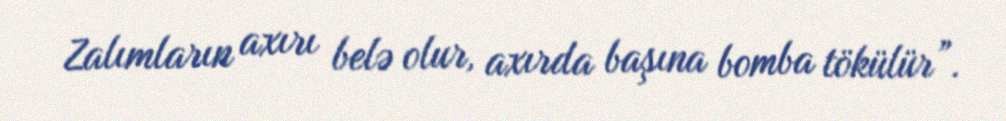
Zalımların axırı belə olur, axırda başına bomba tökülür”.